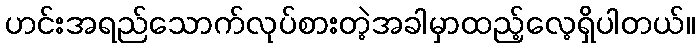
ဟင်းအရည်သောက်လုပ်စားတဲ့အခါမှာထည့်လေ့ရှိပါတယ်။